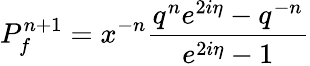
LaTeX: P_{f}^{n+1}=x^{-n}\frac{q^{n}e^{2i\eta}-q^{-n}}{e^{2i\eta}-1}